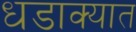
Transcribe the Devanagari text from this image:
धडाक्‍यात